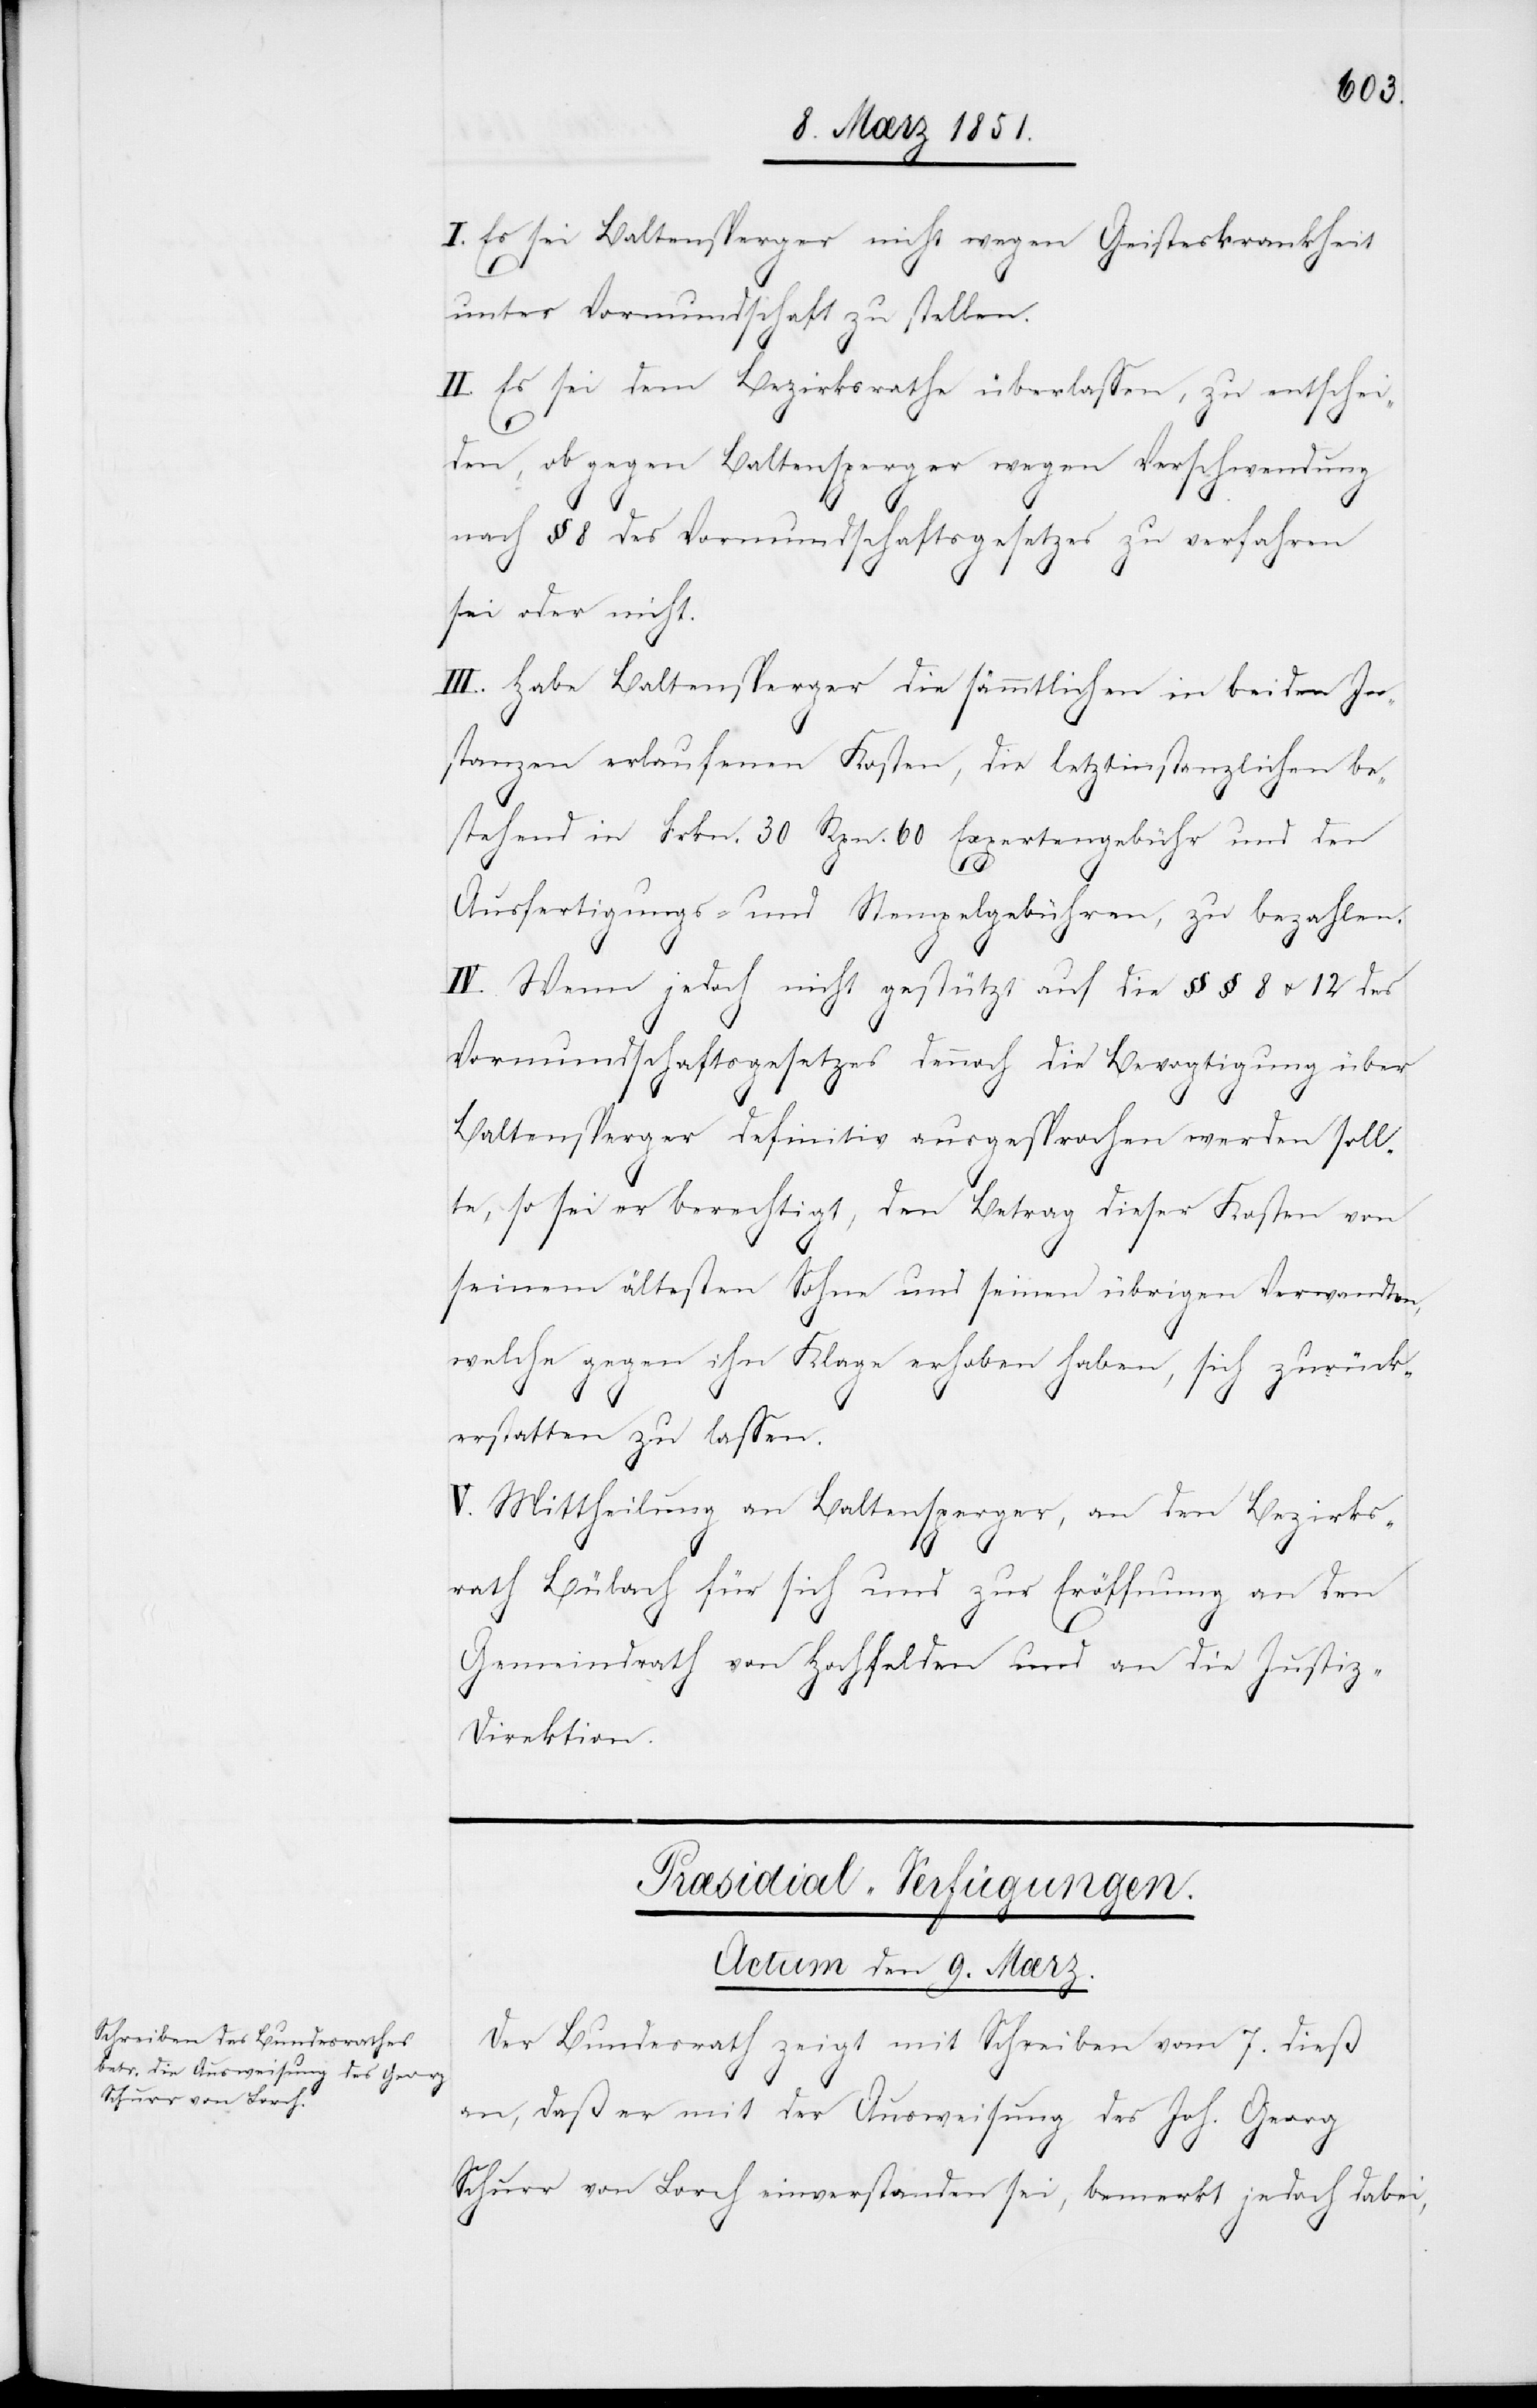
I. Es sei Baltensperger nicht wegen Geisteskrankheit
unter Vormundschaft zu stellen.
II. Es sei dem Bezirksrathe überlassen, zu entschei¬
den, ob gegen Baltensperger wegen Verschwendung
nach § 8 des Vormundschaftsgesetzes zu verfahren
sei oder nicht.
III. Habe Baltensperger die sämmtlichen in beiden In¬
stanzen erlaufenen Kosten, die letztinstanzlichen be¬
stehend in Frkn. 30 Rpn. 60 Expertengebühr und den
Ausfertigungs- und Stempelgebühren, zu bezahlen.
IV. Wenn jedoch nicht gestützt auf die §§ 8 u. 12 des
Vormundschaftsgesetzes dennoch die Bevogtigung über
Baltensperger definitiv ausgesprochen werden soll¬
te, so sei er berechtigt, den Betrag dieser Kosten von
seinem ältesten Sohne und seinen übrigen Verwandten,
welche gegen ihn Klage erhoben haben, sich zurück¬
erstatten zu lassen.
V. Mittheilung an Baltensperger, an den Bezirks¬
rath Bülach für sich und zur Eröffnung an den
Gemeindrath von Hochfelden und an die Justiz-D¬
irektion.
Præsidial-Verfügungen.
Actum den 9. Mærz.
Der Bundesrath zeigt mit Schreiben vom 7. dieß
an, daß er mit der Ausweisung des Joh. Georg
Schurr von Lorch einverstanden sei, bemerkt jedoch dabei,